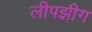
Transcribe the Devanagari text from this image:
लीपझीग